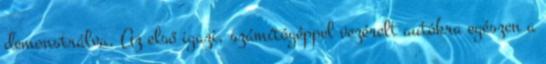
demonstrálva. Az első igazi, számítógéppel vezérelt autókra egészen a